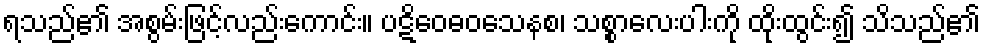
ရသည်၏ အစွမ်းဖြင့်လည်းကောင်း။ ပဋိဝေဓဝသေနစ၊ သစ္စာလေးပါးကို ထိုးထွင်း၍ သိသည်၏